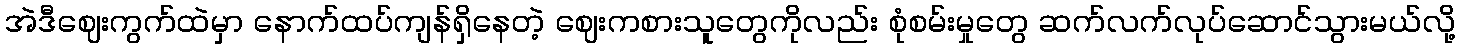
အဲဒီဈေးကွက်ထဲမှာ နောက်ထပ်ကျန်ရှိနေတဲ့ ဈေးကစားသူတွေကိုလည်း စုံစမ်းမှုတွေ ဆက်လက်လုပ်ဆောင်သွားမယ်လို့